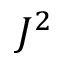
J ^ { 2 }